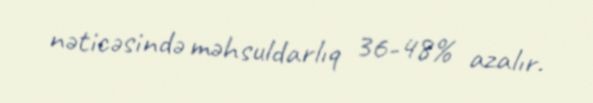
nəticəsində məhsuldarlıq 36-48% azalır.